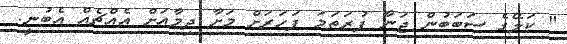
" ކަލޭގެ ސަބަބުން ޖަނާ ފުރަތަމަ ފަހަރަށް މަށާ ދިމާއަށް އެއްޗެއް އެބުނީ.